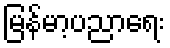
မြန်မာ့ပညာရေး